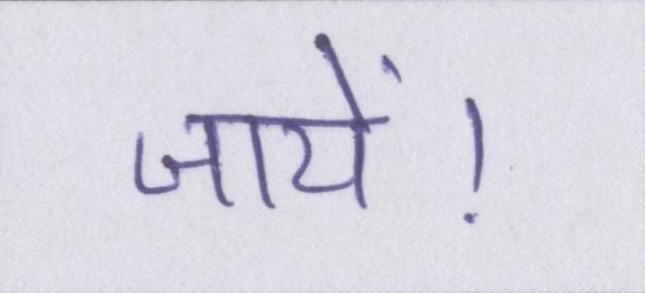
जायें।